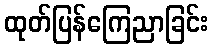
ထုတ်ပြန်ကြေညာခြင်း